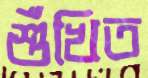
শুঁখিত